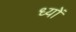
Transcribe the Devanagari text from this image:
ध्यों